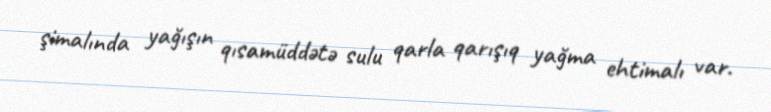
şimalında yağışın qısamüddətə sulu qarla qarışıq yağma ehtimalı var.